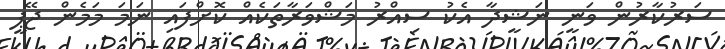
ސަރުކާރުން ވަނީ ނަޝީދާ އެކު ސިއްރު މަޝްވަރާތަކެއް ކޮށްފައި ނަމަ މަމެން ޖޭޕީ